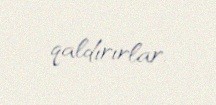
qaldırırlar.